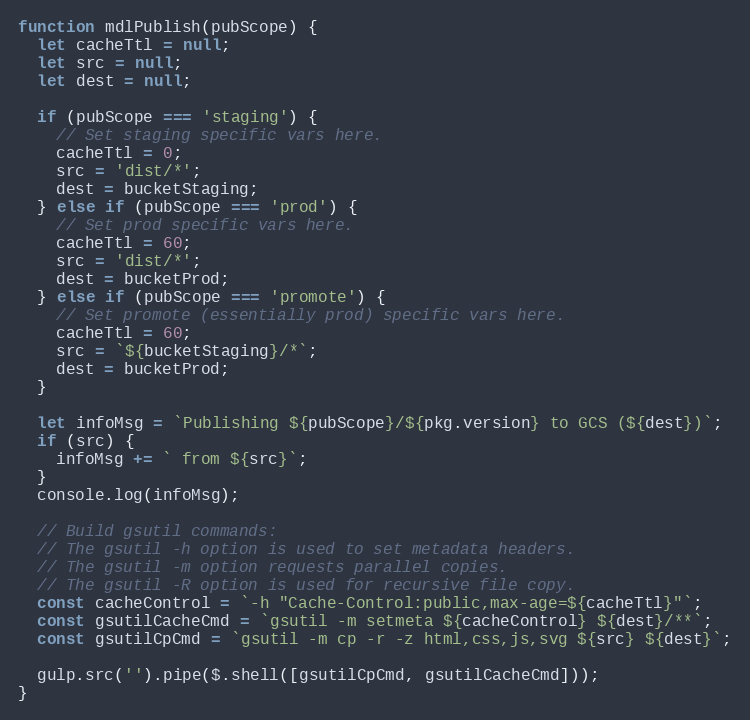
Language: JavaScript
function mdlPublish(pubScope) {
  let cacheTtl = null;
  let src = null;
  let dest = null;

  if (pubScope === 'staging') {
    // Set staging specific vars here.
    cacheTtl = 0;
    src = 'dist/*';
    dest = bucketStaging;
  } else if (pubScope === 'prod') {
    // Set prod specific vars here.
    cacheTtl = 60;
    src = 'dist/*';
    dest = bucketProd;
  } else if (pubScope === 'promote') {
    // Set promote (essentially prod) specific vars here.
    cacheTtl = 60;
    src = `${bucketStaging}/*`;
    dest = bucketProd;
  }

  let infoMsg = `Publishing ${pubScope}/${pkg.version} to GCS (${dest})`;
  if (src) {
    infoMsg += ` from ${src}`;
  }
  console.log(infoMsg);

  // Build gsutil commands:
  // The gsutil -h option is used to set metadata headers.
  // The gsutil -m option requests parallel copies.
  // The gsutil -R option is used for recursive file copy.
  const cacheControl = `-h "Cache-Control:public,max-age=${cacheTtl}"`;
  const gsutilCacheCmd = `gsutil -m setmeta ${cacheControl} ${dest}/**`;
  const gsutilCpCmd = `gsutil -m cp -r -z html,css,js,svg ${src} ${dest}`;

  gulp.src('').pipe($.shell([gsutilCpCmd, gsutilCacheCmd]));
}